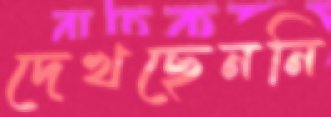
দেখছেননি